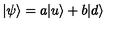
| \psi \rangle = a | u \rangle + b | d \rangle